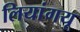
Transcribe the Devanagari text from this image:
लियांगयू